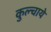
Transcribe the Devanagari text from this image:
कुल्चाये